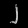
Digit: ၂